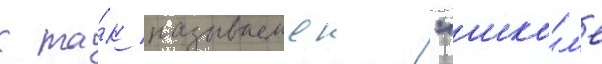
к та́к называемои "шко́л'е